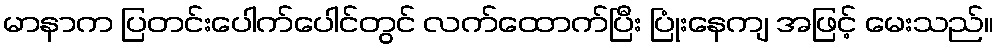
မာနာက ပြတင်းပေါက်ပေါင်တွင် လက်ထောက်ပြီး ပြုံးနေကျ အဖြင့် မေးသည်။